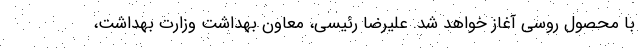
با محصول روسی آغاز خواهد شد. علیرضا رئیسی، معاون بهداشت وزارت بهداشت،